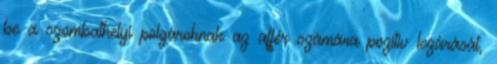
be a szombathelyi polgároknak az affér számára pozitív lezárását,